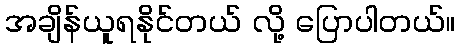
အချိန်ယူရနိုင်တယ် လို့ ပြောပါတယ်။